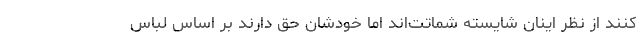
کنند از نظر اینان شایسته شماتت‌اند اما خودشان حق دارند بر اساس لباس